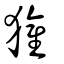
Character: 獾